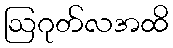
ဩဂုတ်လအထိ